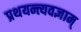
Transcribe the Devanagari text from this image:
प्रथयन्त्यवज्ञाम्‌